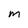
Character: M